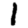
Digit: 1